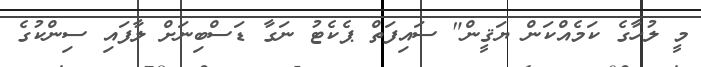
މީ ލުހާގެ ކަމެއްކަން ޔަޤީން" ސައިފަތް ޕެކެޓު ނަގާ ޑަސްބިނަށް ލާފައި ސިންކުގެ